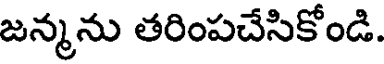
జన్మను తరింపచేసికోండి.